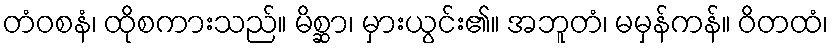
တံဝစနံ၊ ထိုစကားသည်။ မိစ္ဆာ၊ မှားယွင်း၏။ အဘူတံ၊ မမှန်ကန်။ ဝိတထံ၊